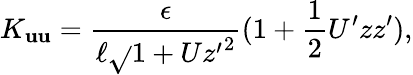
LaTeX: K_{\mathbf{u}\mathbf{u}}=\frac{{\epsilon}}{{\ell\sqrt{}{{1+U{z^{\prime}}^{2}}}}}(1+\frac{{1}}{{2}}U^{\prime}zz^{\prime}),